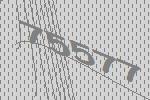
75577